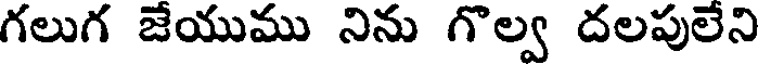
గలుగ జేయుము నిను గొల్వ దలపులేని